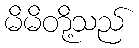
မိမိတို့သည်